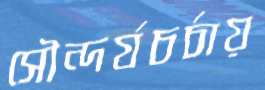
সৌন্দর্যচর্চায়